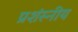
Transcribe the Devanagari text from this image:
प्रशंस्नीय